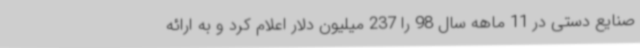
صنایع دستی در 11 ماهه سال 98 را 237 میلیون دلار اعلام کرد و به ارائه